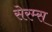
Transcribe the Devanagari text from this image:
सेरम्स